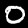
Label: 0